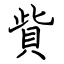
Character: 貲